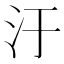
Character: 汙